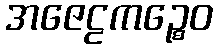
အဇေဠကဉ္စေဝ